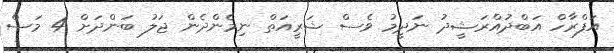
އަފްރާހް އަބްދުއްރަޝީދު ނަދީމު ވެސް ޝަރީއަތް ނިމެންދެން ޖަލު ބަންދަށް 4 މަސް